Scientific memoirs by medical officers of the Army of India - Part IV,
Year: 1889
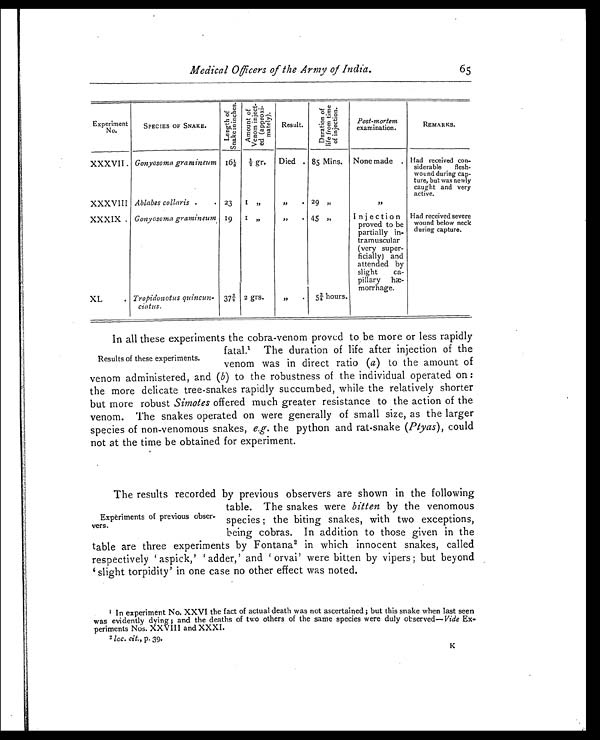
Medical Officers of the Army of India.
65
Experiment
No.
SPECIES OF SNAKE.
L e n g t h o f S n a k e i n i n c h e s .
A m o u n t o f V e n o m i n j e c t -
e d ( a p p r o x i -
m a t e l y ) .
Result.
D u r a t i o n o f l i f e f r o m t i m e o f i n j e c t i o n .
Post-mortem
examination.
REMARKS.
XXXVII Gonyosoma gramineum 161/8
½ gr. Died . 85 Mins. None made . Had received con-
siderable flesh-
wound during cap-
ture, but was newly
caught and very
active.
XXXVIII Ablabes collaris .
. 23
1 „
,,
•
29 , ,
, ,
XXXIX . Gonyosoma gramineum 19
1 „
,, • 45 , ,
Inject ion
proved to be
partially i n-
tramuscular
(very super-
ficially) and
attended by
slight
ca-
pillary hæ-
morrhage.
Had received severe
wound below neck
during capture.
XL
. Tropidonotus quincun-
ciatus.
37¾
2 gr s.
„
. 5¾ hours.
In all these experiments the cobra-venom proved to be more or less rapidly
fatal.1 The duration of life after injection of the
venom was in direct ratio (a) to the amount of
venom administered, and (b) to the robustness of the individual operated on :
the more delicate tree-snakes rapidly succumbed, while the relatively shorter
but more robust Simotes offered much greater resistance to the action of the
venom. The snakes operated on were generally of small size, as the larger
species of non-venomous snakes, e.g. the python and rat-snake (Ptyas), could
not at the time be obtained for experiment.
The results recorded by previous observers are shown in the following
table. The snakes were bitten by the venomous
species ; the biting snakes, with two exceptions,
being cobras. In addition to those given in the
table are three experiments by Fontana 2 in which innocent snakes, called
respect i vel y ' aspi ck, ' ' adder, ' and ' orvai ' were bi t t en by vi pers ; but beyond
slight torpidity' in one case no other effect was noted.
1 In experiment No. XXVI the fact of actual death was not ascertained; but this snake when last seen
was evidently dying ; and the deaths of two others of the same species were duly observed— Vide Ex-
periments Nos. XXV III and XXXI.
2l o c .C i t . ,p . 3 9 .
K
Results of these experiments.
Expèriments of previous obser-
vers.